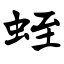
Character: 蛭